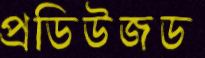
প্রডিউজড